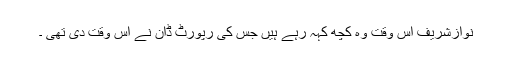
نوازشریف اس وقت وہ کچھ کہہ رہے ہیں جس کی رپورٹ ڈان نے اُس وقت دی تھی ۔